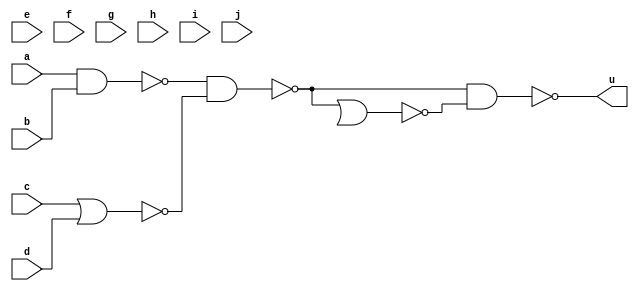
module top(...);
	input a,b,c,d,e,f,g,h,i,j;
	wire x = !(a&b);
	wire y = !(c|d);
	wire z = !(e|f);
	wire n0 = !(g&h);
	wire n1 = !(i|j);
	wire w = !(x&y);
	wire n2 = !(z&n0);
	wire n3 = !(n0|n1);
	wire n4 = !(n2|n3);
	wire v = !(w|n5);
	output u = !(w&v);
endmodule